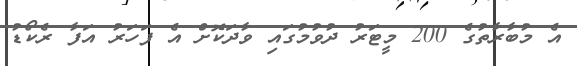
އެ މުބާރާތުގެ 200 މީޓަރު ދުވުމުގައި ވާދަކޮށް އެ ފަހަރު އަފާ ރެކޯޑު